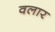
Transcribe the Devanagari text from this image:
वलार